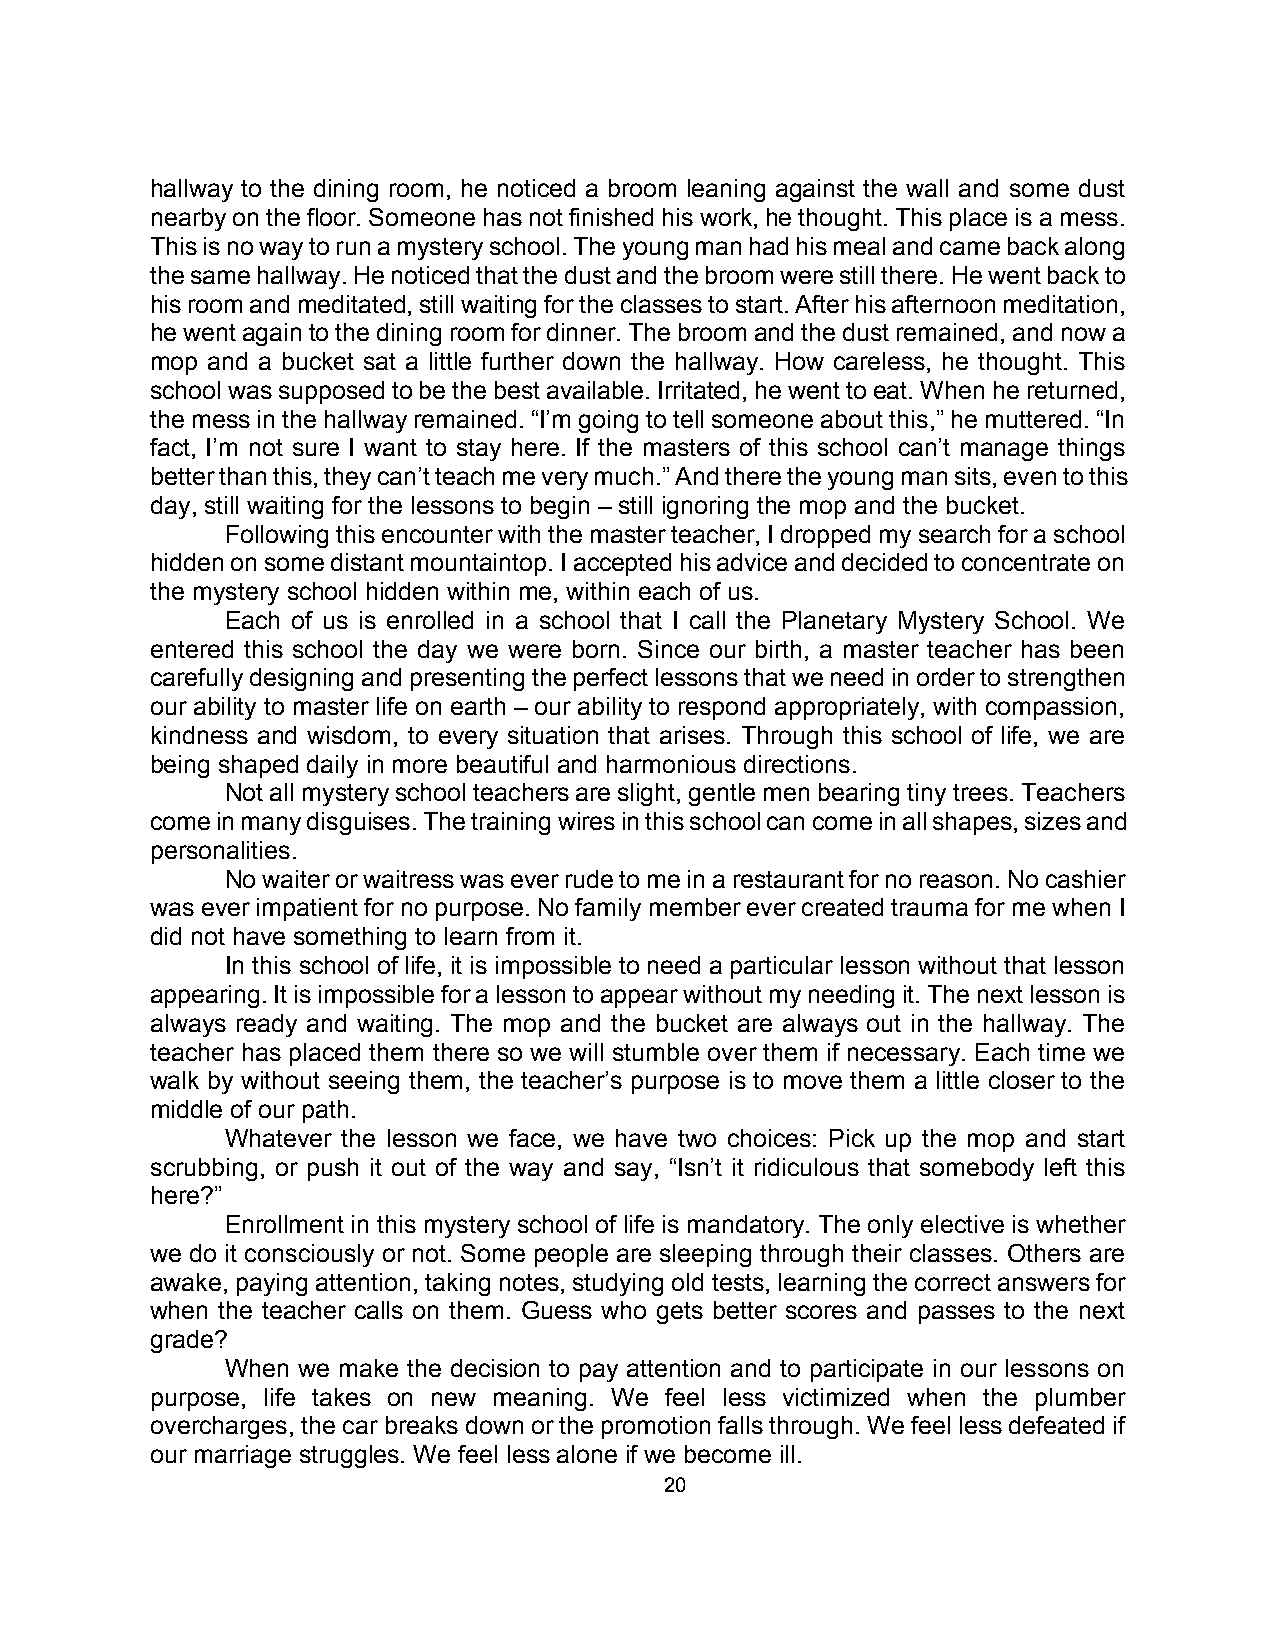
hallway to the dining room, he noticed a broom leaning against the wall and some dust
 nearby on the floor. Someone has not finished his work, he thought. This place is a mess.
 This is no way to run a mystery school. The young man had his meal and came back along
 the same hallway. He noticed that the dust and the broom were still there. He went back to
 his room and meditated, still waiting for the classes to start. After his afternoon meditation,
 he went again to the dining room for dinner. The broom and the dust remained, and now a
 mop and a bucket sat a little further down the hallway. How careless, he thought. This
 school was supposed to be the best available. Irritated, he went to eat. When he returned,
 the mess in the hallway remained. “I’m going to tell someone about this,” he muttered. “In
 fact, I’m not sure I want to stay here. If the masters of this school can’t manage things
 better than this, they can’t teach me very much.” And there the young man sits, even to this
 day, still waiting for the lessons to begin – still ignoring the mop and the bucket.
 Following this encounter with the master teacher, I dropped my search for a school
 hidden on some distant mountaintop. I accepted his advice and decided to concentrate on
 the mystery school hidden within me, within each of us.
 Each of us is enrolled in a school that I call the Planetary Mystery School. We
 entered this school the day we were born. Since our birth, a master teacher has been
 carefully designing and presenting the perfect lessons that we need in order to strengthen
 our ability to master life on earth – our ability to respond appropriately, with compassion,
 kindness and wisdom, to every situation that arises. Through this school of life, we are
 being shaped daily in more beautiful and harmonious directions.
 Not all mystery school teachers are slight, gentle men bearing tiny trees. Teachers
 come in many disguises. The training wires in this school can come in all shapes, sizes and
 personalities.
 No waiter or waitress was ever rude to me in a restaurant for no reason. No cashier
 was ever impatient for no purpose. No family member ever created trauma for me when I
 did not have something to learn from it.
 In this school of life, it is impossible to need a particular lesson without that lesson
 appearing. It is impossible for a lesson to appear without my needing it. The next lesson is
 always ready and waiting. The mop and the bucket are always out in the hallway. The
 teacher has placed them there so we will stumble over them if necessary. Each time we
 walk by without seeing them, the teacher’s purpose is to move them a little closer to the
 middle of our path.
 Whatever the lesson we face, we have two choices: Pick up the mop and start
 scrubbing, or push it out of the way and say, “Isn’t it ridiculous that somebody left this
 here?”
 Enrollment in this mystery school of life is mandatory. The only elective is whether
 we do it consciously or not. Some people are sleeping through their classes. Others are
 awake, paying attention, taking notes, studying old tests, learning the correct answers for
 when the teacher calls on them. Guess who gets better scores and passes to the next
 grade?
 When we make the decision to pay attention and to participate in our lessons on
 purpose, life takes on new meaning. We feel less victimized when the plumber
 overcharges, the car breaks down or the promotion falls through. We feel less defeated if
 our marriage struggles. We feel less alone if we become ill.
 20